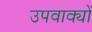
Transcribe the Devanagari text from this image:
उपवाक्यों